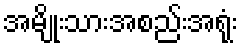
အမျိုးသားအစည်းအရုံး